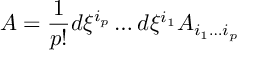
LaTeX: A = { \frac { 1 } { p ! } } d \xi ^ { i _ { p } } \dots d \xi ^ { i _ { 1 } } A _ { i _ { 1 } \dots i _ { p } }